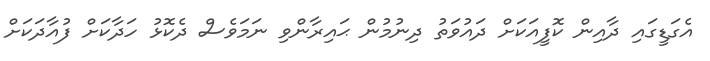
އެގަޑީގައި ދާއިން ކޮފީއަކަށް ދައުވަތު ދިނުމުން ޙައިރާންވި ނަމަވެސް ދެކޮޅު ހަދާކަށް ފުއާދަކަށް